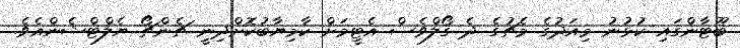
ބޫޓާންގައި ކުޅުނު މިއަދުގެ މެޗުގެ ދެ ގޯލްވެސް އެޓީމަށް ކާމިޔާބުކޮށްދިނީ ޗެންޗޯ ޔެލްޓްޝެންއެވެ.